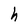
Character: h